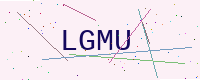
Text: LGMU